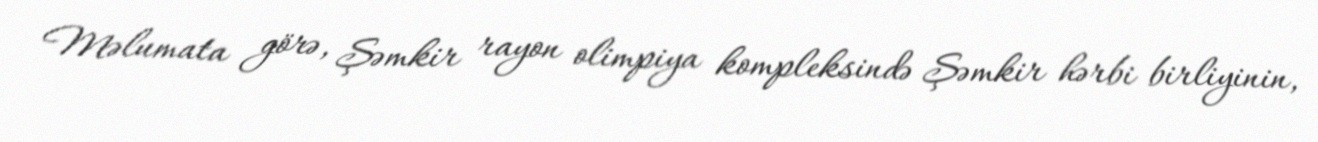
Məlumata görə, Şəmkir rayon olimpiya kompleksində Şəmkir hərbi birliyinin,